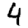
Digit: 4